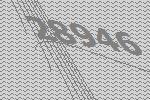
28946